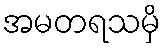
အမတရသမှိ